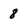
Character: 8